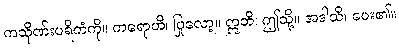
ကသိုဏ်းပရိကံကို။ ကရောဟိ၊ ပြုလော့။ ဣတိ၊ ဤသို့။ အဒါသိ၊ ပေး၏။